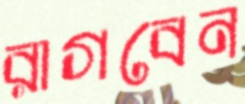
রাগবেন